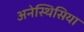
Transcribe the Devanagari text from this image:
अनेस्थिसिया